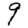
Digit: 9